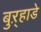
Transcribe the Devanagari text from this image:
बुऱ्हाडे